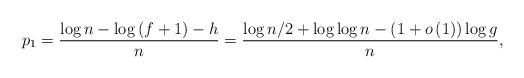
LaTeX: \begin{align*}p_1=\frac{\log n-\log\left(f+1\right)-h}{n}=\frac{\log n/2+\log\log n-\left(1+o\left(1\right)\right)\log g}{n},\end{align*}